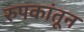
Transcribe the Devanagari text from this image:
रुपकांतून